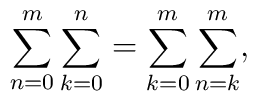
\sum_{n=0}^m \sum_{k=0}^n = \sum_{k=0}^m \sum_{n=k}^m,